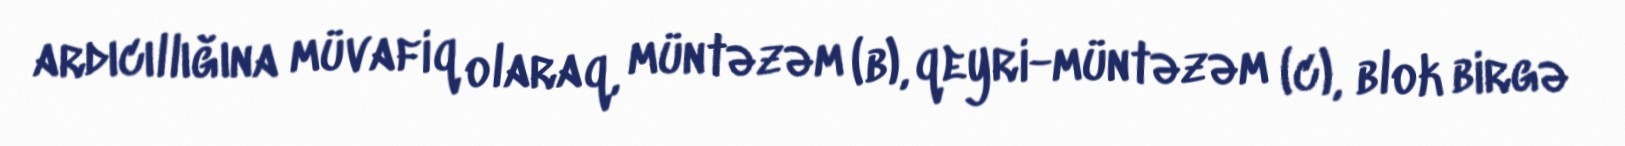
ardıcıllığına müvafiq olaraq, müntəzəm (b), qeyri-müntəzəm (c), blok birgə